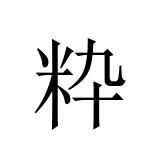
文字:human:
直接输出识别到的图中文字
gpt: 粋